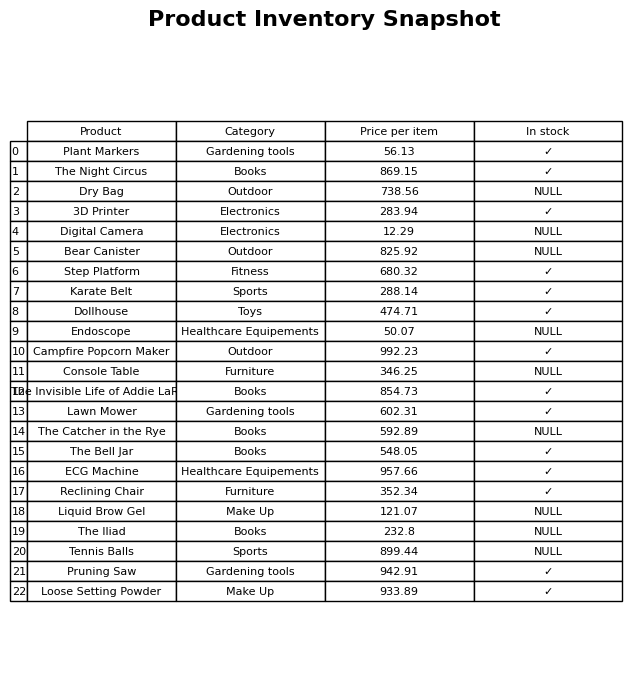
question: Is the Digital Camera in stock?
answer: NULL